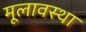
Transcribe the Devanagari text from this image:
मूलावस्था